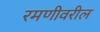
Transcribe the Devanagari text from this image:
रमणीवरील